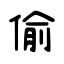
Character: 偷